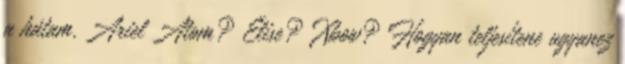
a hátam. Ariel Atom? Elise? Xbow? Hogyan teljesítene ugyanez